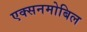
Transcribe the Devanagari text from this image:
एक्सनमोबिल